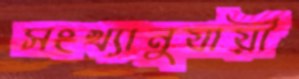
সংখ্যানুযায়ী